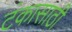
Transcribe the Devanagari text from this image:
टंकासाठी